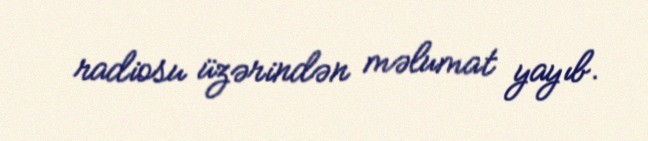
radiosu üzərindən məlumat yayıb.